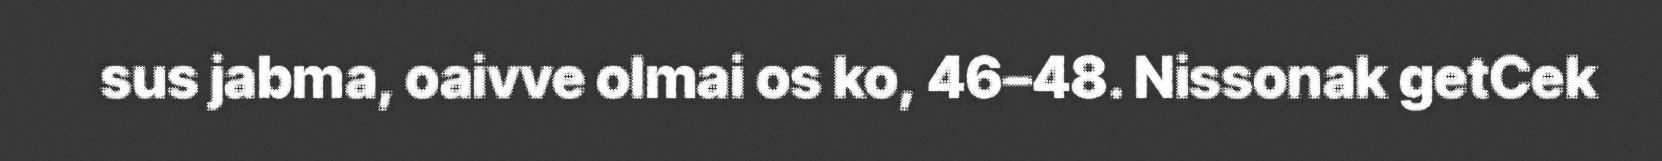
sus jabma, oaivve olmai os ko, 46–48. Nissonak getCek